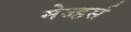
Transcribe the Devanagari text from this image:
मेज्हर्स